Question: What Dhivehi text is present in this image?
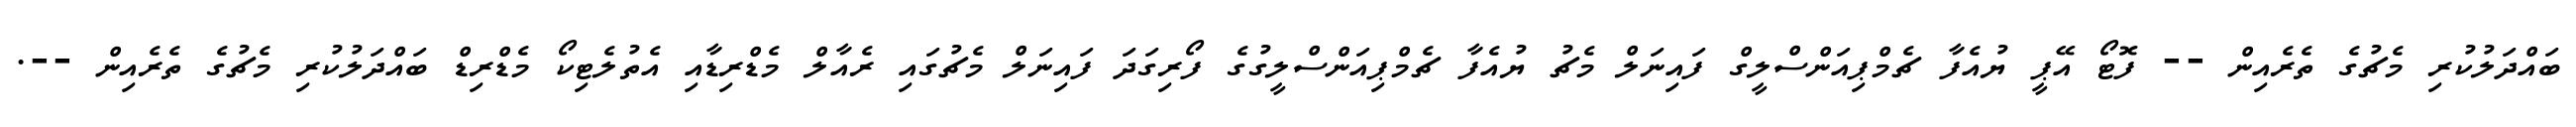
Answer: ބައްދަލުކުރި މެޗުގެ ތެރެއިން -- ފޮޓޯ އޭޕީ ޔުއެފާ ޗެމްޕިއަންސްލީގް ފައިނަލް މެޗު ޔުއެފާ ޗެމްޕިއަންސްލީގުގެ ފޯރިގަދަ ފައިނަލް މެޗުގައި ރެއާލް މެޑްރިޑާއި އެތުލެޓިކޯ މެޑްރިޑް ބައްދަލުކުރި މެޗުގެ ތެރެއިން --.